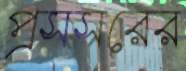
প্রসসরের